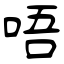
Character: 唔